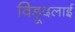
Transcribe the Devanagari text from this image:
विड़ूदलाई